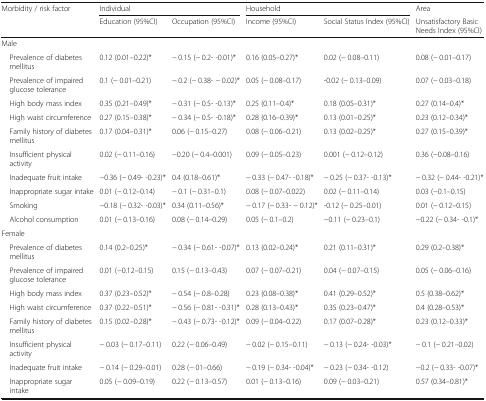
<table><thead><tr><td rowspan="2"><b>Morbidity / risk factor</b></td><td colspan="2"><b>Individual</b></td><td colspan="2"><b>Household</b></td><td><b>Area</b></td></tr><tr><td><b>Education (95%CI)</b></td><td><b>Occupation (95%CI)</b></td><td><b>Income (95%CI)</b></td><td><b>Social Status Index (95%CI)</b></td><td><b>Unsatisfactory Basic Needs Index (95%CI)</b></td></tr></thead><tbody><tr><td colspan="6">Male</td></tr><tr><td> Prevalence of diabetes mellitus</td><td>0.12 (0.01–0.22)*</td><td>− 0.15 (− 0.2- -0.01)*</td><td>0.16 (0.05–0.27)*</td><td>0.02 (− 0.08–0.11)</td><td>0.08 (− 0.01–0.17)</td></tr><tr><td> Prevalence of impaired glucose tolerance</td><td>0.1 (− 0.01–0.21)</td><td>− 0.2 (− 0.38- − 0.02)*</td><td>0.05 (− 0.08–0.17)</td><td>-0.02 (− 0.13–0.09)</td><td>0.07 (− 0.03–0.18)</td></tr><tr><td> High body mass index</td><td>0.35 (0.21–0.49)*</td><td>− 0.31 (− 0.5- -0.13)*</td><td>0.25 (0.11–0.4)*</td><td>0.18 (0.05–0.31)*</td><td>0.27 (0.14–0.4)*</td></tr><tr><td> High waist circumference</td><td>0.27 (0.15–0.38)*</td><td>− 0.34 (− 0.5- -0.18)*</td><td>0.28 (0.16–0.39)*</td><td>0.13 (0.01–0.25)*</td><td>0.23 (0.12–0.34)*</td></tr><tr><td> Family history of diabetes mellitus</td><td>0.17 (0.04–0.31)*</td><td>0.06 (− 0.15–0.27)</td><td>0.08 (− 0.06–0.21)</td><td>0.13 (0.02–0.25)*</td><td>0.27 (0.15–0.39)*</td></tr><tr><td> Insufficient physical activity</td><td>0.02 (− 0.11–0.16)</td><td>−0.20 (− 0.4–0.001)</td><td>0.09 (− 0.05–0.23)</td><td>0.001 (− 0.12–0.12)</td><td>0.36 (−0.08–0.16)</td></tr><tr><td> Inadequate fruit intake</td><td>−0.36 (− 0.49- -0.23)*</td><td>0.4 (0.18–0.61)*</td><td>− 0.33 (− 0.47- -0.18)*</td><td>− 0.25 (− 0.37- -0.13)*</td><td>− 0.32 (− 0.44- -0.21)*</td></tr><tr><td> Inappropriate sugar intake</td><td>0.01 (− 0.12–0.14)</td><td>− 0.1 (− 0.31–0.1)</td><td>0.08 (− 0.07–0.022)</td><td>0.02 (− 0.11–0.14)</td><td>0.03 (−0.1–0.15)</td></tr><tr><td> Smoking</td><td>−0.18 (− 0.32- -0.03)*</td><td>0.34 (0.11–0.56)*</td><td>− 0.17 (− 0.33- − 0.12)*</td><td>-0.12 (− 0.25–0.01)</td><td>0.01 (− 0.12–0.15)</td></tr><tr><td> Alcohol consumption</td><td>0.01 (− 0.13–0.16)</td><td>0.08 (− 0.14–0.29)</td><td>0.05 (− 0.1–0.2)</td><td>−0.11 (− 0.23–0.1)</td><td>−0.22 (− 0.34- -0.1)*</td></tr><tr><td colspan="6">Female</td></tr><tr><td> Prevalence of diabetes mellitus</td><td>0.14 (0.2–0.25)*</td><td>− 0.34 (− 0.61- -0.07)*</td><td>0.13 (0.02–0.24)*</td><td>0.21 (0.11–0.31)*</td><td>0.29 (0.2–0.38)*</td></tr><tr><td> Prevalence of impaired glucose tolerance</td><td>0.01 (−0.12–0.15)</td><td>0.15 (− 0.13–0.43)</td><td>0.07 (− 0.07–0.21)</td><td>0.04 (− 0.07–0.15)</td><td>0.05 (− 0.06–0.16)</td></tr><tr><td> High body mass index</td><td>0.37 (0.23–0.52)*</td><td>− 0.54 (− 0.8–0.28)</td><td>0.23 (0.08–0.38)*</td><td>0.41 (0.29–0.52)*</td><td>0.5 (0.38–0.62)*</td></tr><tr><td> High waist circumference</td><td>0.37 (0.22–0.51)*</td><td>− 0.56 (− 0.81- -0.31)*</td><td>0.28 (0.13–0.43)*</td><td>0.35 (0.23–0.47)*</td><td>0.4 (0.28–0.53)*</td></tr><tr><td> Family history of diabetes mellitus</td><td>0.15 (0.02–0.28)*</td><td>− 0.43 (− 0.73- -0.12)*</td><td>0.09 (− 0.04–0.22)</td><td>0.17 (0.07–0.28)*</td><td>0.23 (0.12–0.33)*</td></tr><tr><td> Insufficient physical activity</td><td>− 0.03 (− 0.17–0.11)</td><td>0.22 (− 0.06–0.49)</td><td>− 0.02 (− 0.15–0.11)</td><td>− 0.13 (− 0.24- -0.03)*</td><td>− 0.1 (− 0.21–0.02)</td></tr><tr><td> Inadequate fruit intake</td><td>− 0.14 (− 0.29–0.01)</td><td>0.28 (− 01–0.66)</td><td>− 0.19 (− 0.34- -0.04)*</td><td>− 0.23 (− 0.34- -0.12)</td><td>−0.2 (− 0.33- -0.07)*</td></tr><tr><td> Inappropriate sugar intake</td><td>0.05 (− 0.09–0.19)</td><td>0.22 (− 0.13–0.57)</td><td>0.01 (− 0.13–0.16)</td><td>0.09 (− 0.03–0.21)</td><td>0.57 (0.34–0.81)*</td></tr></tbody></table>